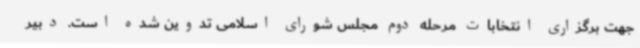
جهت برگزاری انتخابات مرحله دوم مجلس شورای اسلامی تدوین شده است. دبیر